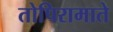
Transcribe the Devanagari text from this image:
तोपिरामाते